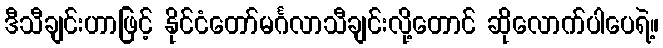
ဒီသီချင်းဟာဖြင့် နိုင်ငံတော်မင်္ဂလာသီချင်းလို့တောင် ဆိုလောက်ပါပေရဲ့။